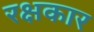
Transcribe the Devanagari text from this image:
रक्षकार